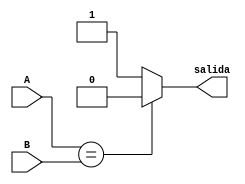
`timescale 1ns / 1ps
//////////////////////////////////////////////////////////////////////////////////
// Company: 
// Engineer: 
// 
// Design Name: 
// Module Name: comparador_caracter
// Project Name: 
// Target Devices: 
// Tool Versions: 
// Description: 
// 
// Dependencies: 
// 
// Revision:
// Revision 0.01 - File Created
// Additional Comments:
// 
//////////////////////////////////////////////////////////////////////////////////


module comparador_7b(
    input[6:0] A,
    input[6:0] B,
    output reg salida
    );
    
    always @(A or B)
        if (A == B) 
            salida <= 1'd0;
        else 
            salida <= 1'd1;
endmodule